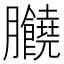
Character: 𦣗